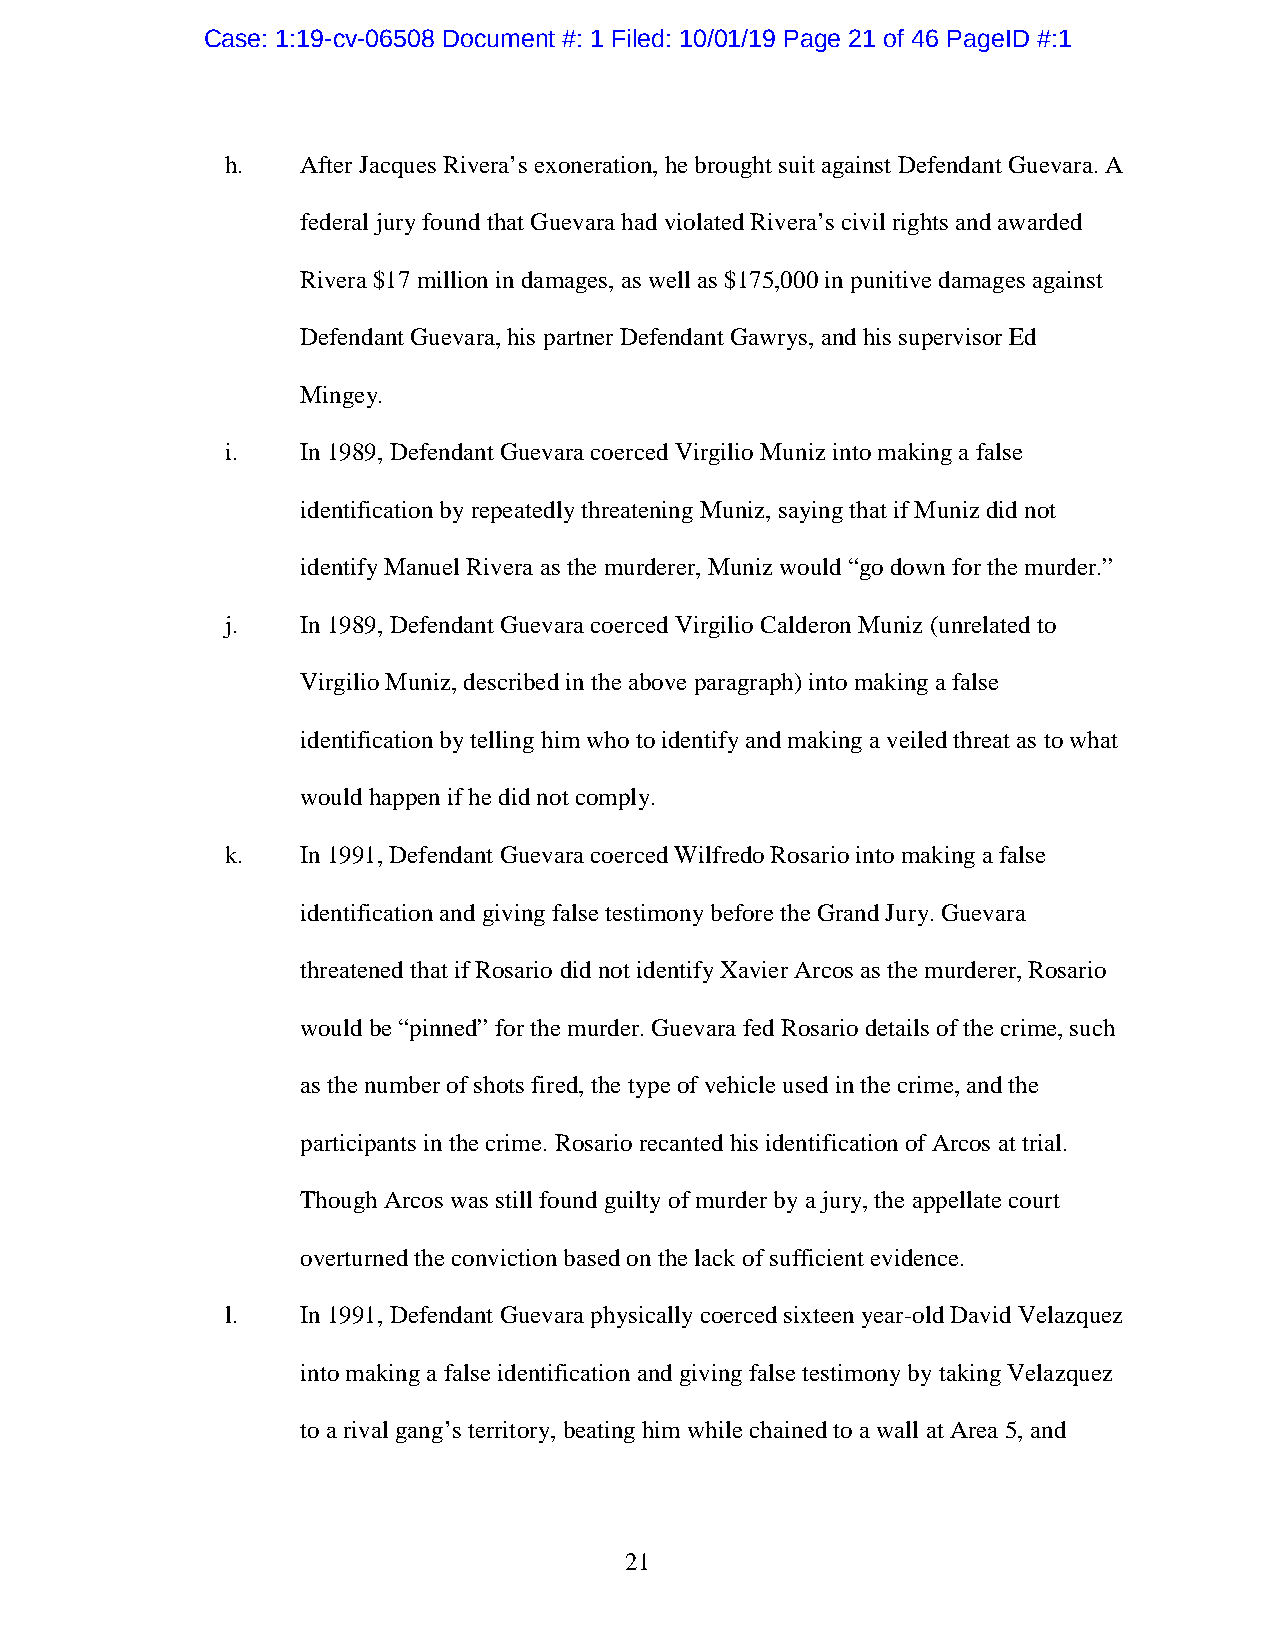
Case: 1:19-cv-06508 Document #: 1 Filed: 10/01/19 Page 21 of 46 PageID #:1
 h.   After Jacques Rivera’s exoneration, he brought suit against Defendant Guevara. A
 federal jury found that Guevara had violated Rivera’s civil rights and awarded
 Rivera $17 million in damages, as well as $175,000 in punitive damages against
 Defendant Guevara, his partner Defendant Gawrys, and his supervisor Ed
 Mingey.
 i.   In 1989, Defendant Guevara coerced Virgilio Muniz into making a false
 identification by repeatedly threatening Muniz, saying that if Muniz did not
 identify Manuel Rivera as the murderer, Muniz would “go down for the murder.”
 j.   In 1989, Defendant Guevara coerced Virgilio Calderon Muniz (unrelated to
 Virgilio Muniz, described in the above paragraph) into making a false
 identification by telling him who to identify and making a veiled threat as to what
 would happen if he did not comply.
 k.   In 1991, Defendant Guevara coerced Wilfredo Rosario into making a false
 identification and giving false testimony before the Grand Jury. Guevara
 threatened that if Rosario did not identify Xavier Arcos as the murderer, Rosario
 would be “pinned” for the murder. Guevara fed Rosario details of the crime, such
 as the number of shots fired, the type of vehicle used in the crime, and the
 participants in the crime. Rosario recanted his identification of Arcos at trial.
 Though Arcos was still found guilty of murder by a jury, the appellate court
 overturned the conviction based on the lack of sufficient evidence.
 l.   In 1991, Defendant Guevara physically coerced sixteen year-old David Velazquez
 into making a false identification and giving false testimony by taking Velazquez
 to a rival gang’s territory, beating him while chained to a wall at Area 5, and
 21